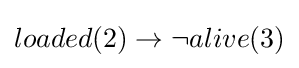
loaded(2)\rightarrow \neg alive(3)